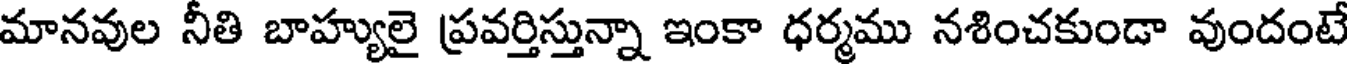
మానవుల నీతి బాహ్యులై ప్రవర్తిస్తున్నా ఇంకా ధర్మము నశించకుండా వుందంటే